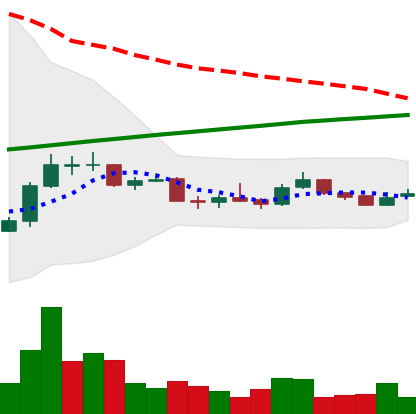
Ticker: LTC-USD
Chart end date: 2015-09-23
Forward return: 7.233%
Label: up_7plus